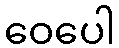
ဝေပေါ